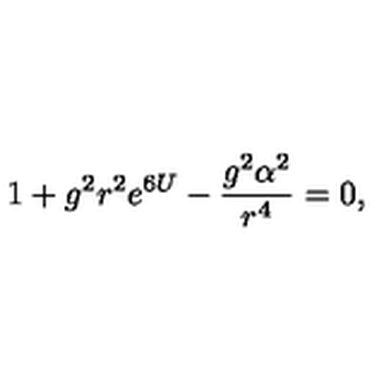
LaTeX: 1 + g ^ { 2 } r ^ { 2 } e ^ { 6 U } - \frac { g ^ { 2 } \alpha ^ { 2 } } { r ^ { 4 } } = 0 ,